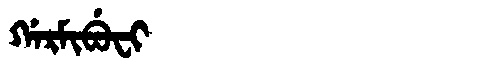
Manchu: ᡤᠠᡵᠮᡳᠪᡠᠸᡳ
Romanization: GARMIBUFI